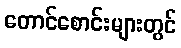
တောင်စောင်းများတွင်